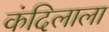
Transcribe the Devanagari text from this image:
कंदिलाला